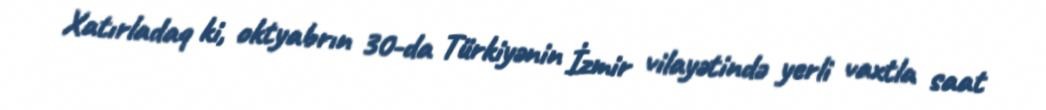
Xatırladaq ki, oktyabrın 30-da Türkiyənin İzmir vilayətində yerli vaxtla saat